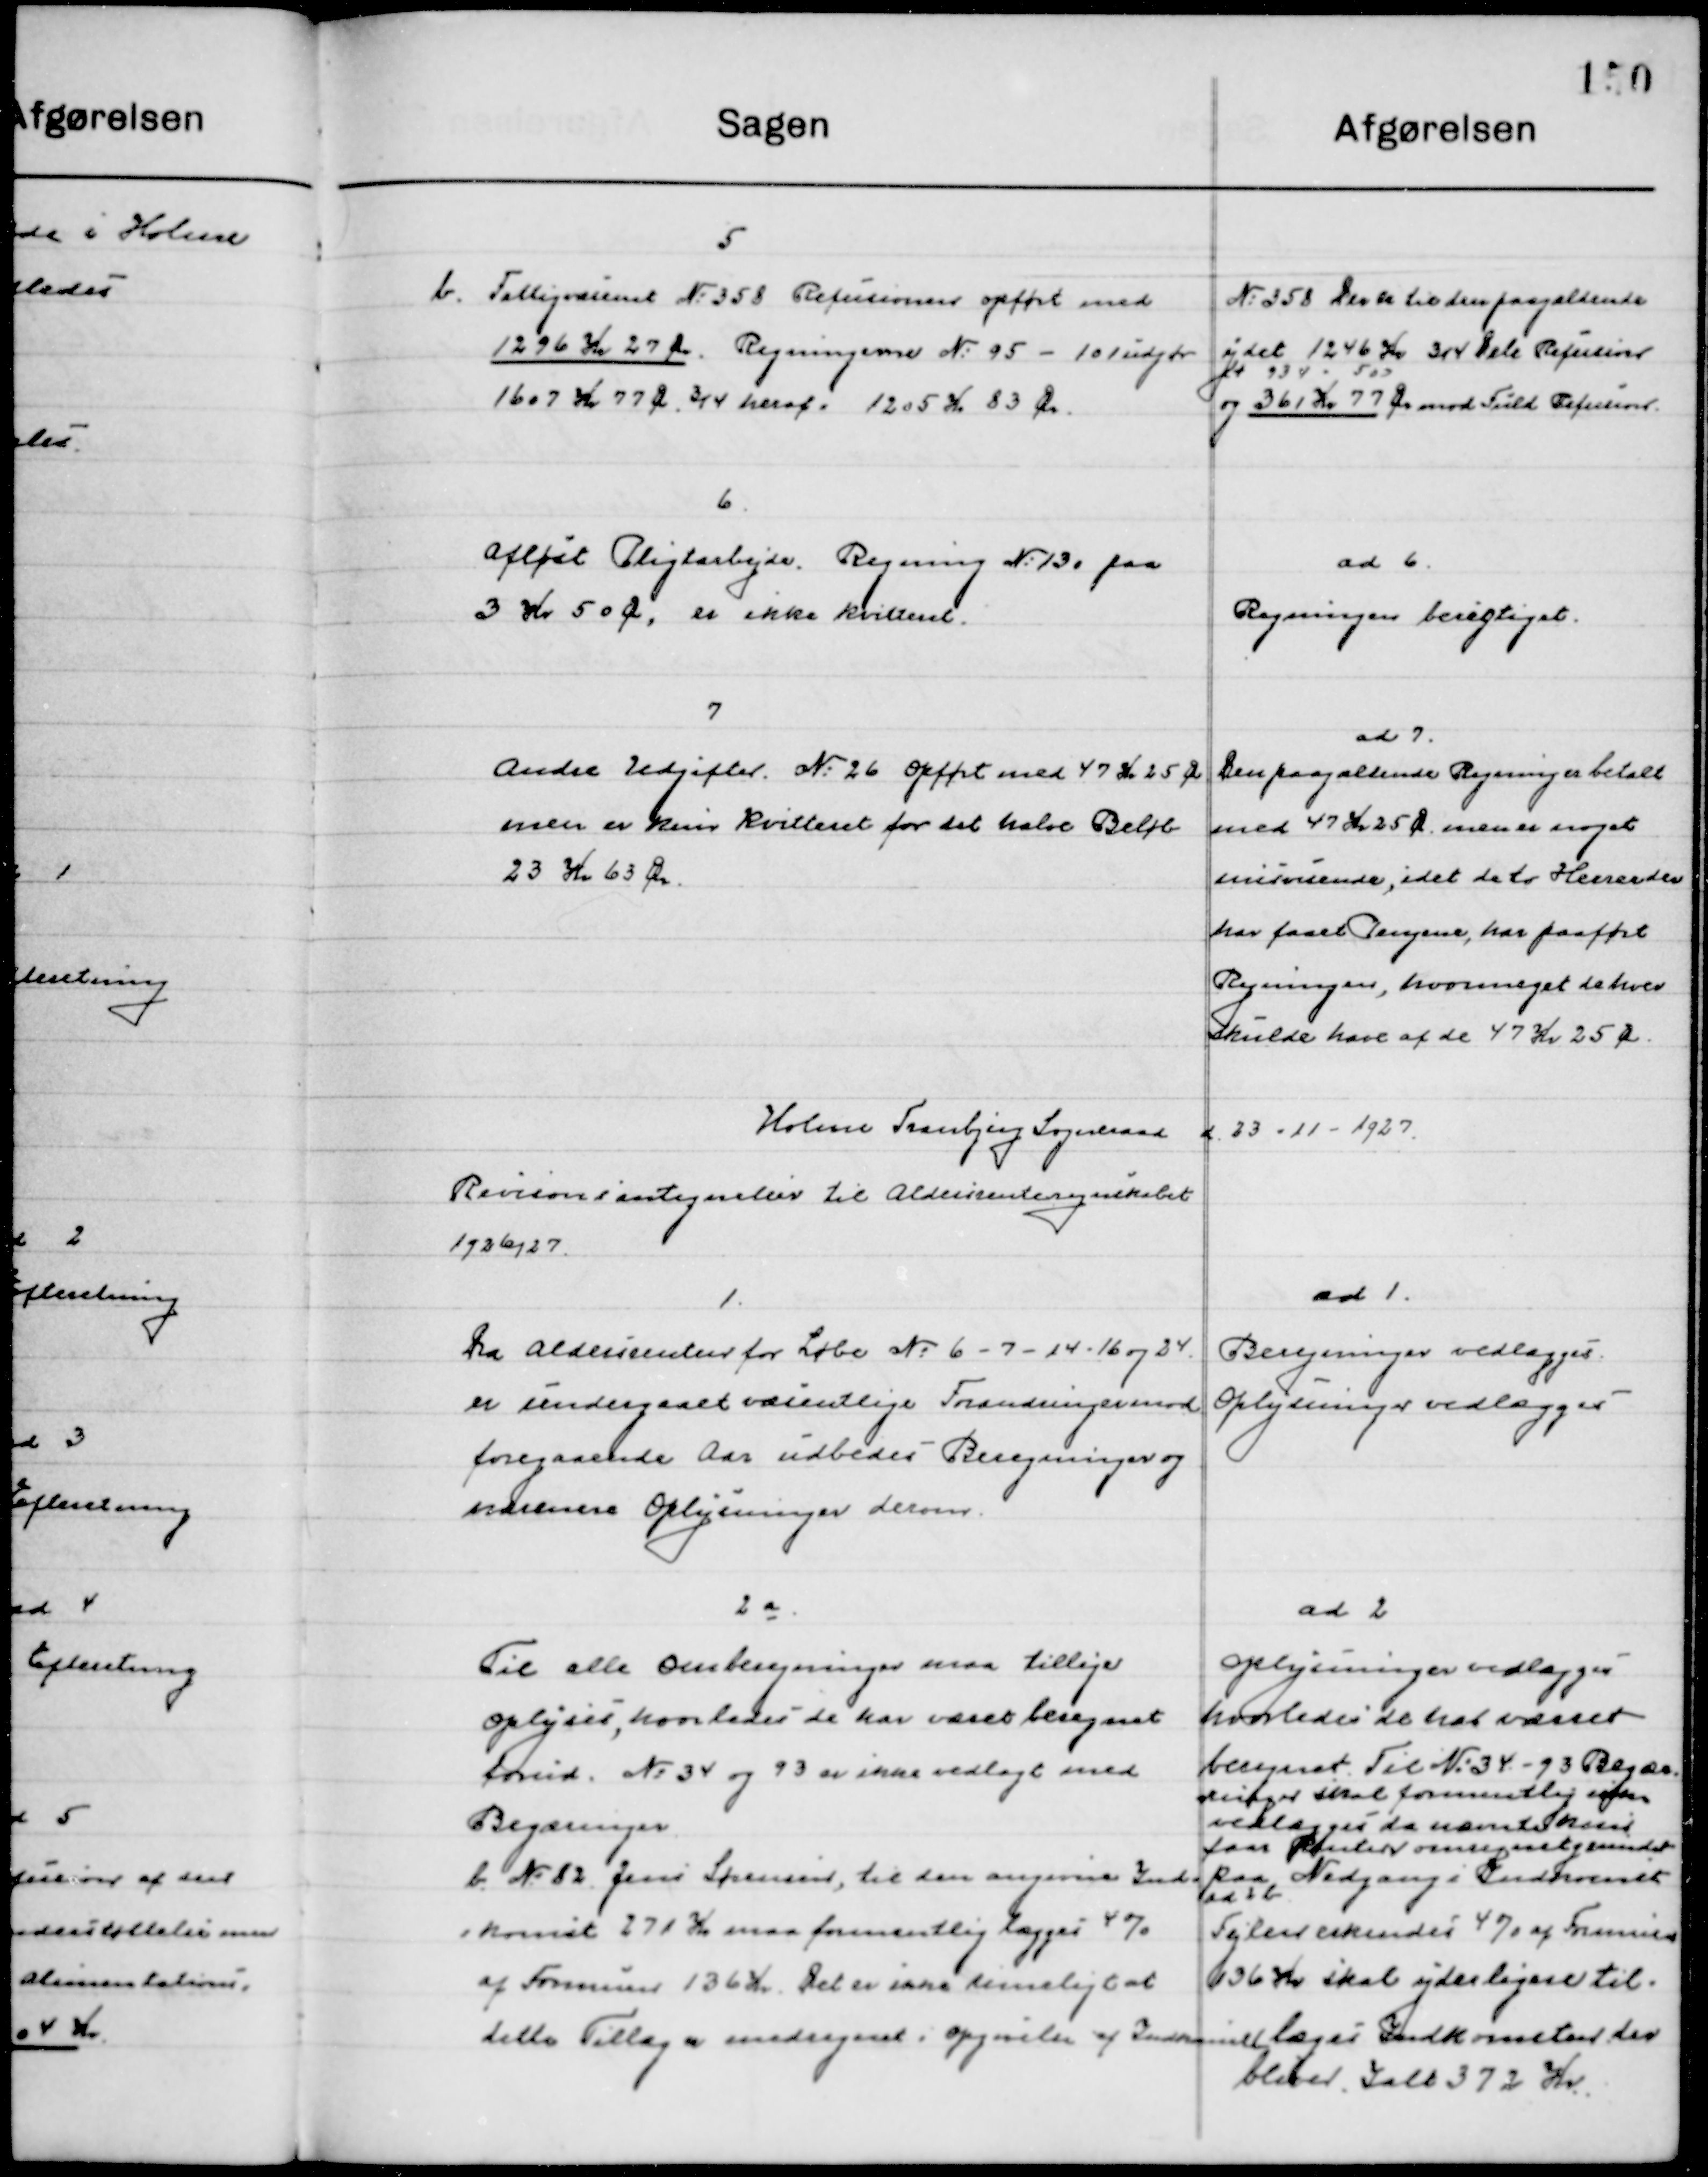
Transskription:
5
b. Fattigvæsenet No. 358 Refusionen opført med 
1296 Kr. 27 Øre. Regningerne No. 95-101 udgør
1607 Kr. 77 Øre 3/4 heraf 1205 Kr. 83 Øre

No. 358 Der til den paagældende
Ydet 1246 Kr. 3/4 Dele Refusion
og 361 Kr. 77 Øre med fuld Refusion.

6
Afløst Pligtarbejde Regning No. 13 a paa
3 Kr. 50 Øre, er ikke kvitteret.

ad 6
Regningen berigtiget

7
Andre Udgifter. No. 26 Opført med 47 Kr. 25 Øre
men er kun Kvitteret for  det halve Beløb
23 Kr. 63 Øre.

ad 7
Den paagældende Regning er betalt
Med 47 Kr. 25 Øre men er noget
misvisende. Idet da to Herrer der
har faaet Pengene, har paaført
Regningen, hvor meget de hver
Skulde have af de 47 Kr. 25 Øre.

Holme Tranbjerg Sogneraad d. 23-11-1927

Revisions antegnelse til Aldersrenteregnskabet
1926/27

1
Da Aldersrenten fodr Løbe No. 6-7-14-16 og 24
er undergaaet væsentlige Forandringer mod
foregaaende Aar udbedes Beregninger og
nærmere Oplysninger derom

ad 1
Beregninger vedlægges.
Oplysninger vedlægges.

2 a
Til alle Omkostninger maa tidligere
oplyses hvorledes de kan være beregnet
forud. No. 34 og 93 er ikke vedlagt med
Begæringer.

ad 2
oplysninger vedlægges
hvorledes de har værret
beregnet Til No. 34-93 Begæ-
ringer skal formentlig ikke 
vedlægges da nævnte kun kan 
faa Punkter omregnet grundet 
paa Nedgang i Indkomst

b. No. 82 Jens Sørensen, til den angivne Ind-
komst 271 Kr. maa formentlig lægges 4 %
af Formue 136 Kr. Det er ikke rimeligt at
dette Tillæg er medregnet i opgivelse af Indkomst

ad 2 b.
Fejlen erkendes 340 af Formuen
636 Kr. skal yderligere til
Lægges Indkomster der
bliver I alt 372 Kr.